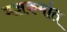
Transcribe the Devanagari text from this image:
यज्ञकर्मात